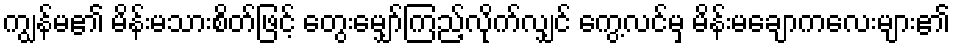
ကျွန်မ၏ မိန်းမသားစိတ်ဖြင့် တွေးမျှော်ကြည့်လိုက်လျှင် ကွေ့လင်မှ မိန်းမချောကလေးများ၏